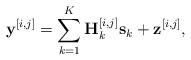
LaTeX: \begin{align*} \mathbf{y}^{[i,j]} &= \sum_{k=1}^{K}\mathbf{H}_{k}^{[i,j]}\mathbf{s}_k+ \mathbf{z}^{[i,j]},\end{align*}